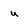
Character: u